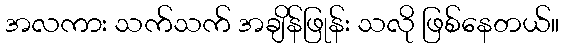
အလကား သက်သက် အချိန်ဖြုန်း သလို ဖြစ်နေတယ်။